Investigations into the jail dietaries of the United Provinces with some observations on the influence of dietary on the physical development and well-being of the people of the United Provinces - Number 48
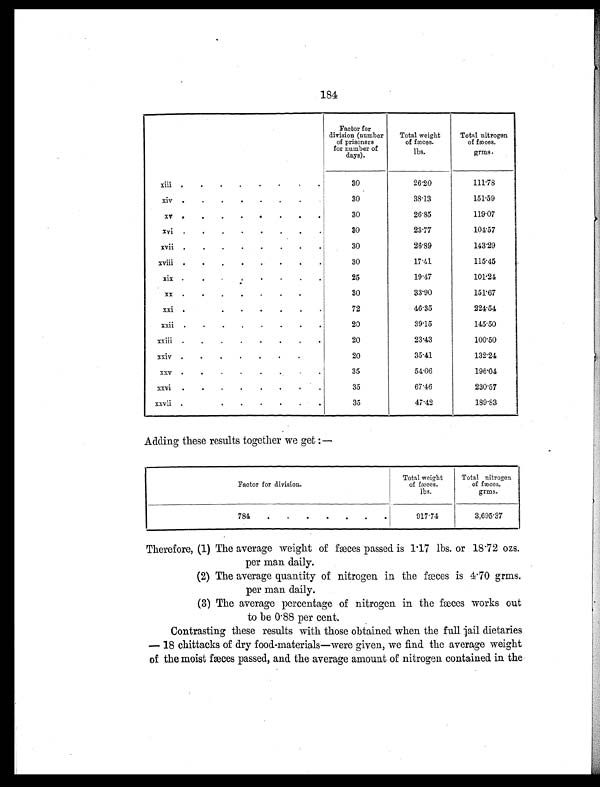
184
Factor for
division (number
of prisoners
for number of
days).
Total weight
of fæces.
lbs.
Total nitrogen
of fæces.
grms
xiii
. . . . . . . .
30
26.20
111.78
xiv .
.
.
. . . .
30
38.13
151.59
xv
.
.
.
.
.
.
. .
30
26.85
119.07
xvi .
.
.
. . . . .
30
23.77
104.57
xvii .
.
.
.
. . . .
30
26.89
143.29
xviii .
.
. . . .
30
17.41
115.45
xix .
. . . . . .
.
25
19.47
101.24
xx
. . . . . . .
.
30
33.90
151.67
xxi
.
. . . . .
72
46.35
224.54
xxii
. . . . . . . .
20
3
9.15
145.50
xxiii .
. . . . . . .
20
23.43
100.50
xxiv
. . . . . . .
.
20
35.41
132.24
xxv .
.
. . . .
35
54.06
196.04
xxvi
. . . . . . . .
35
67.46
230.57
xxvii
. . . . . . . .
35
47.42
189.83
Adding these results together we get :—
Factor for division.
Total weight
of fæces.
lbs.
Total nitrogen
of fæces.
grms.
784
.
. . . . . .
917.74
3,695.37
Therefore, (1) The average weight of fæces passed is 1.17 lbs. or 18.72 ozs.
per man daily.
(2) The average quantity of nitrogen in the
fæces is 4.70 grms.
per man daily.
(3) The average percentage of nitrogen in the fæces works out
to be 0.88 per cent.
Contrasting these results with those obtained when the full jail dietaries
—18 chittacks of dry food-materials—were given, we fin
d the average weight
of the moist fæces passed, and the average amount of nitrogen contained in the